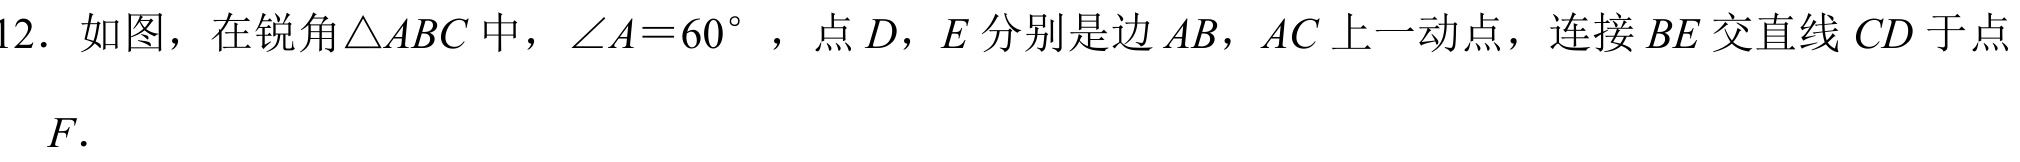
12. 如图，在锐角\(\triangle ABC\)中，\(\angle A = 60^{\circ}\)，点\(D\)，\(E\)分别是边\(AB\)，\(AC\)上一动点，连接\(BE\)交直线\(CD\)于点\(F\).